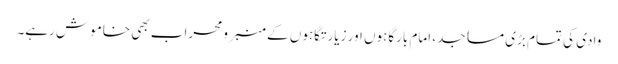
وادی کی تمام بڑی مساجد، امام بارگاہوں اور زیارتگاہوں کے منبر و محراب بھی خاموش رہے۔